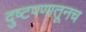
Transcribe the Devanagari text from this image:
दुष्टपणातूनच